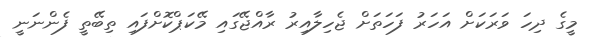
މީގެ ދިހަ ވަރަކަށް އަހަރު ފަހަތަށް ޖެހިލާއިރު ރާއްޖޭގައި މޭކަޕްކޮށްފައި ތިބޭތީ ފެންނަނީ